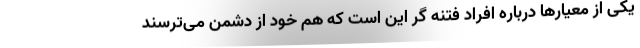
یکی از معیارها درباره افراد فتنه گر این است که هم خود از دشمن می‌ترسند